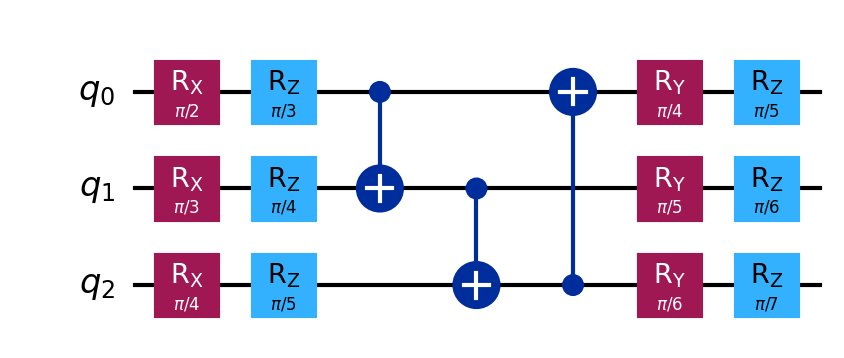
Description: Circuit expressibility test with varied rotations
描述: 具有多种旋转的电路表达能力测试
Category: quantum_ml (difficulty: intermediate)
Qubits: 3, circuit depth: 7

Braket implementation:
import math
from braket.circuits import Circuit
circuit = Circuit()
for i in range(3):
    circuit.rx(i, math.pi / (i + 2))
    circuit.rz(i, math.pi / (i + 3))
circuit.cnot(0, 1).cnot(1, 2).cnot(2, 0)
for i in range(3):
    circuit.ry(i, math.pi / (i + 4))
    circuit.rz(i, math.pi / (i + 5))